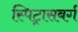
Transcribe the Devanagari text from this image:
स्पिट्रासबर्ग